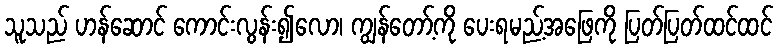
သူသည် ဟန်ဆောင် ကောင်းလွန်း၍လော၊ ကျွန်တော့်ကို ပေးရမည့်အဖြေကို ပြတ်ပြတ်ထင်ထင်